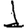
Digit: 1